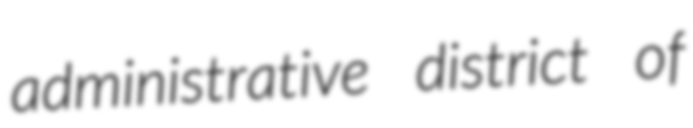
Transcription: administrative district of